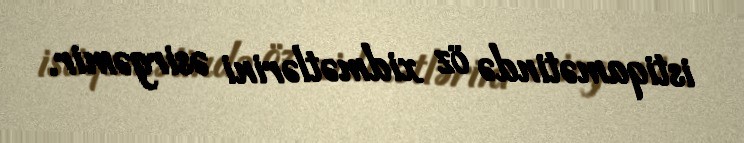
istiqamətində öz xidmətlərini əsirgəmir.